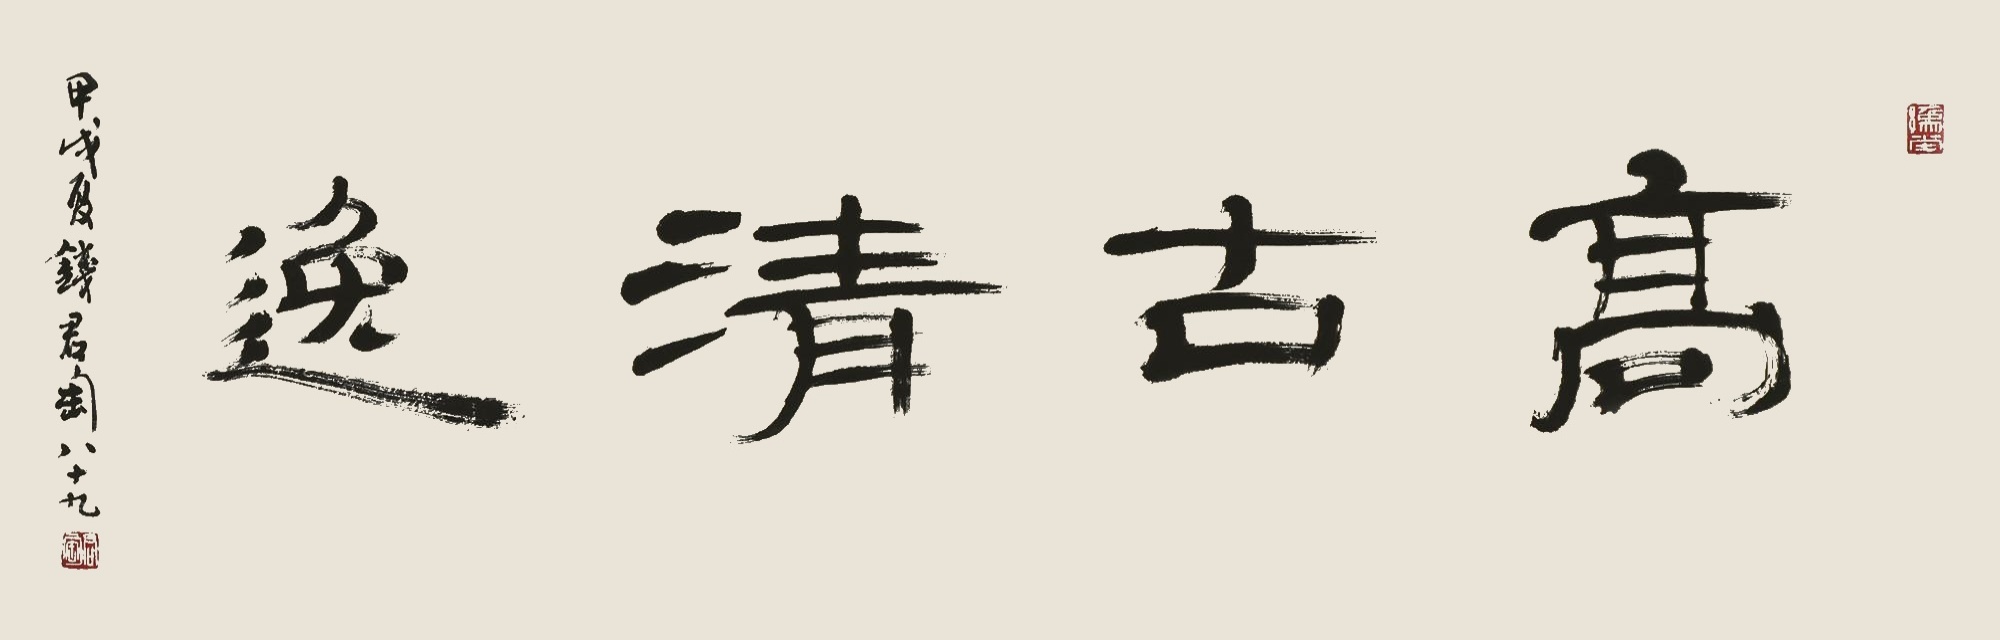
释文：高古清逸。甲戌夏钱君匋八十九。